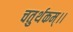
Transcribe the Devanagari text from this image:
चतुर्थकम्।।